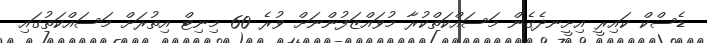
ޑެސްކް ކައިރީ އިށީނދެގެން މަސައްކަތްކުރާ މުވައްޒަފުންނަށް ވުރެ 60 މިނިޓް އިތުރަށް މަސައްކަތުގައި